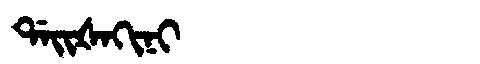
Manchu: ᡩᠠᡳᡧᠠᡴᡳᠨᡳ
Romanization: DAIŠAKINI